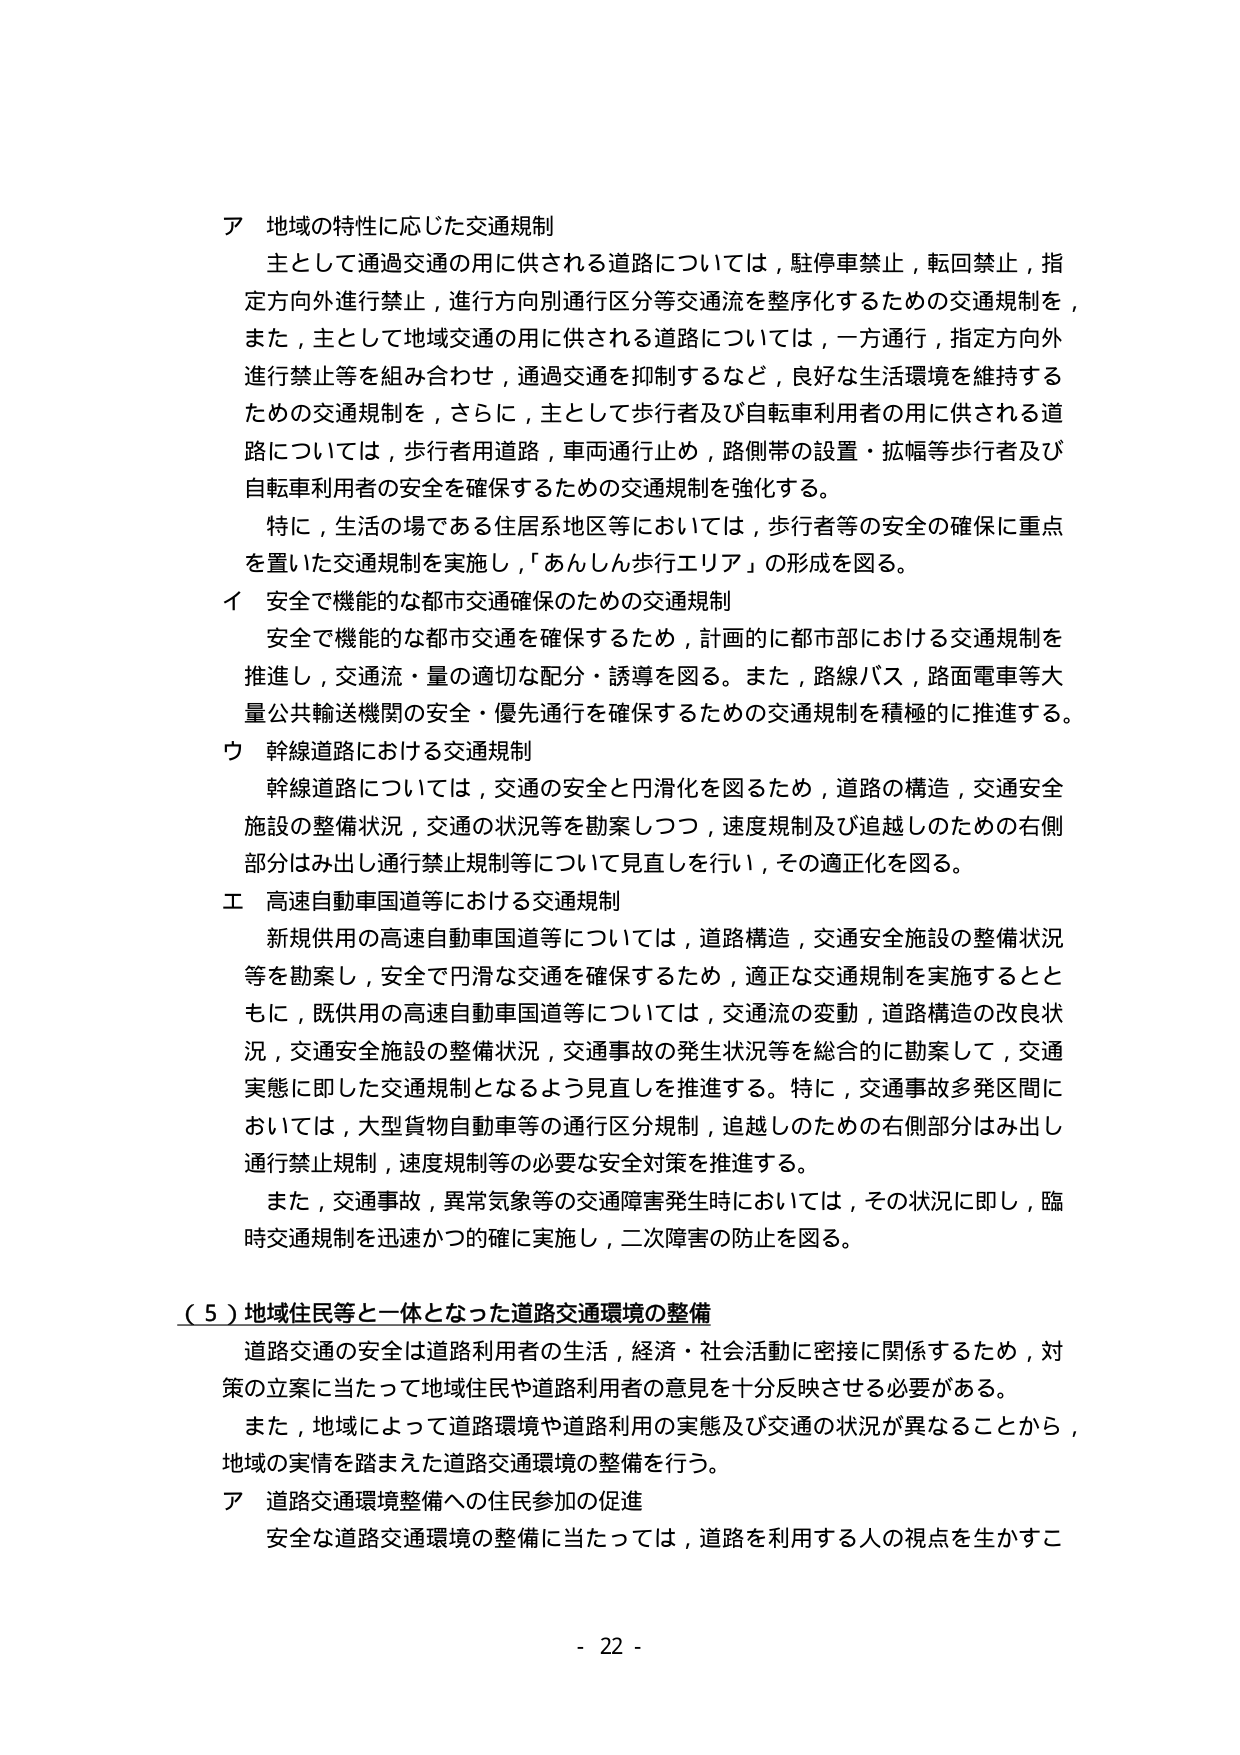
ア 地域の特性に応じた交通規制
主として通過交通の用に供される道路については，駐停車禁止，転回禁止，指定方向外進行禁止，進行方向別通行区分等交通流を整序化するための交通規制を，また，主として地域交通の用に供される道路については，一方通行，指定方向外進行禁止等を組み合わせ，通過交通を抑制するなど，良好な生活環境を維持するための交通規制を，さらに，主として歩行者及び自転車利用者の用に供される道路については，歩行者用道路，車両通行止め，路側帯の設置・拡幅等歩行者及び自転車利用者の安全を確保するための交通規制を強化する。
特に，生活の場である住居系地区等においては，歩行者等の安全の確保に重点を置いた交通規制を実施し，「あんしん歩行エリア」の形成を図る。
イ 安全で機能的な都市交通確保のための交通規制
安全で機能的な都市交通を確保するため，計画的に都市部における交通規制を推進し，交通流・量の適切な配分・誘導を図る。また，路線バス，路面電車等大量公共輸送機関の安全・優先通行を確保するための交通規制を積極的に推進する。
ウ 幹線道路における交通規制
幹線道路については，交通の安全と円滑化を図るため，道路の構造，交通安全施設の整備状況，交通の状況等を勘案しつつ，速度規制及び追越しのための右側部分はみ出し通行禁止規制等について見直しを行い，その適正化を図る。
エ 高速自動車国道等における交通規制
新規供用の高速自動車国道等については，道路構造，交通安全施設の整備状況等を勘案し，安全で円滑な交通を確保するため，適正な交通規制を実施するとともに，既供用の高速自動車国道等については，交通流の変動，道路構造の改良状況，交通安全施設の整備状況，交通事故の発生状況等を総合に勘案して，交通実態に即した交通規制となるよう見直しを推進する。特に，交通事故多発区間においては，大型貨物自動車等の通行区分規制，追越しのための右側部分はみ出し通行禁止規制，速度規制等の必要な安全対策を推進する。
また，交通事故，異常気象等の交通障害発生時においては，その状況に即し，臨時交通規制を迅速かつ的確に実施し，二次障害の防止を図る。
（５）地域住民等と一体となった道路交通環境の整備
道路交通の安全は道路利用者の生活，経済・社会活動に密接に関係するため，対策の立案に当たって地域住民や道路利用者の意見を十分反映させる必要がある。
また，地域によって道路環境や道路利用の実態及び交通の状況が異なることから，地域の実情を踏まえた道路交通環境の整備を行う。
ア 道路交通環境整備への住民参加の促進
安全な道路交通環境の整備に当たっては，道路を利用する人の視点を生かすこ
- 22 -